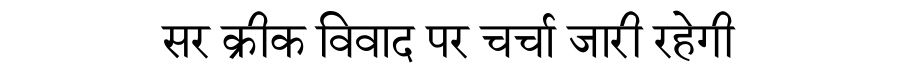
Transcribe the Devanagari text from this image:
सर क्रीक विवाद पर चर्चा जारी रहेगी